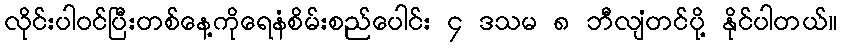
လိုင်းပါဝင်ပြီးတစ်နေ့ကိုရေနံစိမ်းစည်ပေါင်း ၄ ဒသမ ၈ ဘီလျံတင်ပို့ နိုင်ပါတယ်။